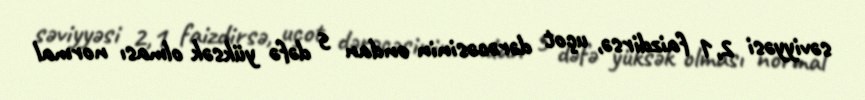
səviyyəsi 2,1 faizdirsə, uçot dərəcəsinin ondan 5 dəfə yüksək olması normal